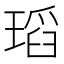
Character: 瑫